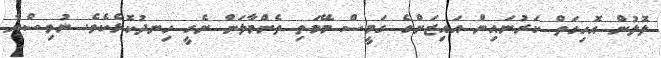
ލޮލުން އޮހިގަތް ކަރުނައިން އައިޒަންގެ ގަމީސް މޭމަތި ތެންމާލަން ނެގީ ހިނދުކޮޅެކެވެ. ނުވިސްނާ